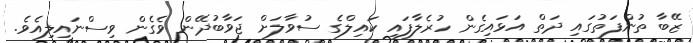
ޒޭބާ ތުންފަތުގައި ދަތް އަޅައިގެން ހުރެލާފައި ކައިލްގެ ސުވާލަށް ޖަވާބުދޭން ވެގެން ވިސްނައިލިއެވެ.